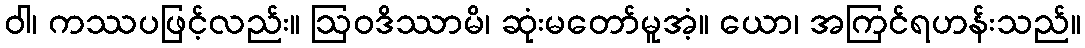
ဝါ၊ ကဿပဖြင့်လည်း။ ဩဝဒိဿာမိ၊ ဆုံးမတော်မူအံ့။ ယော၊ အကြင်ရဟန်းသည်။